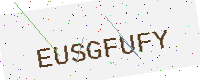
Text: EUSGFUFY